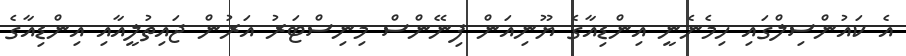
އެ ކައުންސިލްގައި ހިމެނެނީ އިންޑިއާގެ ޔޫނިއަން ފިނޭންސް މިނިސްޓަރު އަރުން ޖައިތުލީއާއި އިންޑިއާގެ